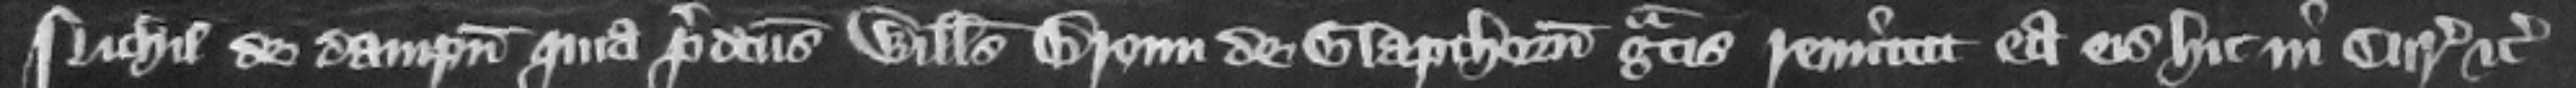
Nichil de dampnis quia predictus Willelmus Broun de Glapthorn gratis remittit ea eis hic in curia etc.